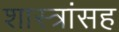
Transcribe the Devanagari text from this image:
शास्त्रांसह